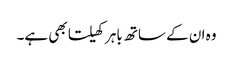
وہ ان کے ساتھ باہر کھیلتا بھی ہے۔